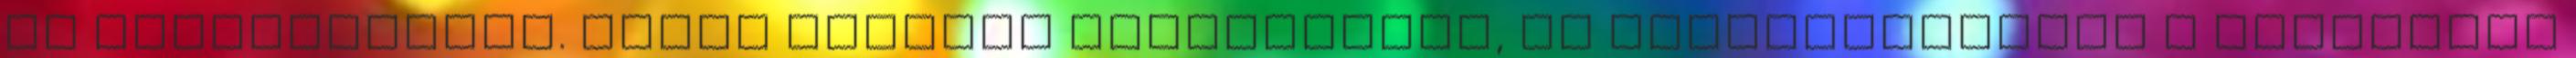
az összecsapást. Nehéz meccsre számítottam, és tulajdonképpen a különbség